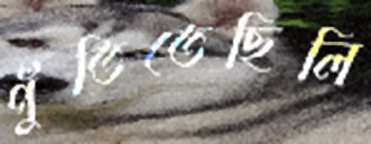
পুঁতিতেছিলি